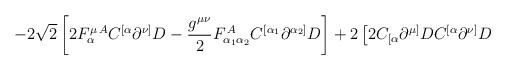
LaTeX: \begin{align*}\left. -2\sqrt{2}\left[2 F_{\alpha}^{\mu\,A}C^{[\alpha} \partial^{\nu]}D -\frac{g^{\mu\nu}}{2}F_{\alpha_1\alpha_{2}}^{\,A} C^{[\alpha_1}\partial^{\alpha_{2}]}D \right] +2\left[2C_{[\alpha} \partial^{\mu]}DC^{[\alpha} \partial^{\nu]}D \right. \right.\end{align*}